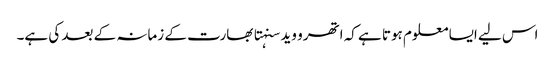
اس لیے ایسا معلوم ہوتا ہے کہ اتھرو وید سنہتا بھارت کے زمانہ کے بعد کی ہے۔